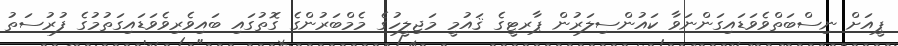
ޕީއަށް ނިސްބަތްވެވަޑައިގަންނަވާ ކައުންސިލަރުން ޕާރޓީގެ ޤައުމީ މަޖިލީހުގެ މެމްބަރުންގެ ގޮތުގައި ބައިވެރިވެވަޑައިގަތުމުގެ ފުރުސަތު